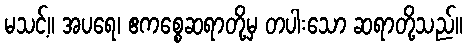
မသင့်။ အပရေ၊ ဧကစ္စေဆရာတို့မှ တပါးသော ဆရာတို့သည်။